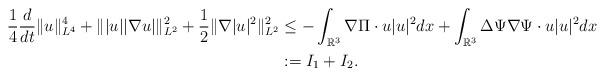
LaTeX: \begin{align*} \frac{1}{4}\frac{d}{dt}\|u\|_{L^{4}}^{4}+\||u||\nabla u|\|_{L^{2}}^{2}+\frac{1}{2}\|\nabla |u|^{2}\|_{L^{2}}^{2}&\leq -\int_{\mathbb{R}^{3}}\nabla\Pi\cdot u|u|^{2}dx+\int_{\mathbb{R}^{3}}\Delta\Psi\nabla\Psi\cdot u|u|^{2}dx\\ &:=I_{1}+I_{2}.\end{align*}